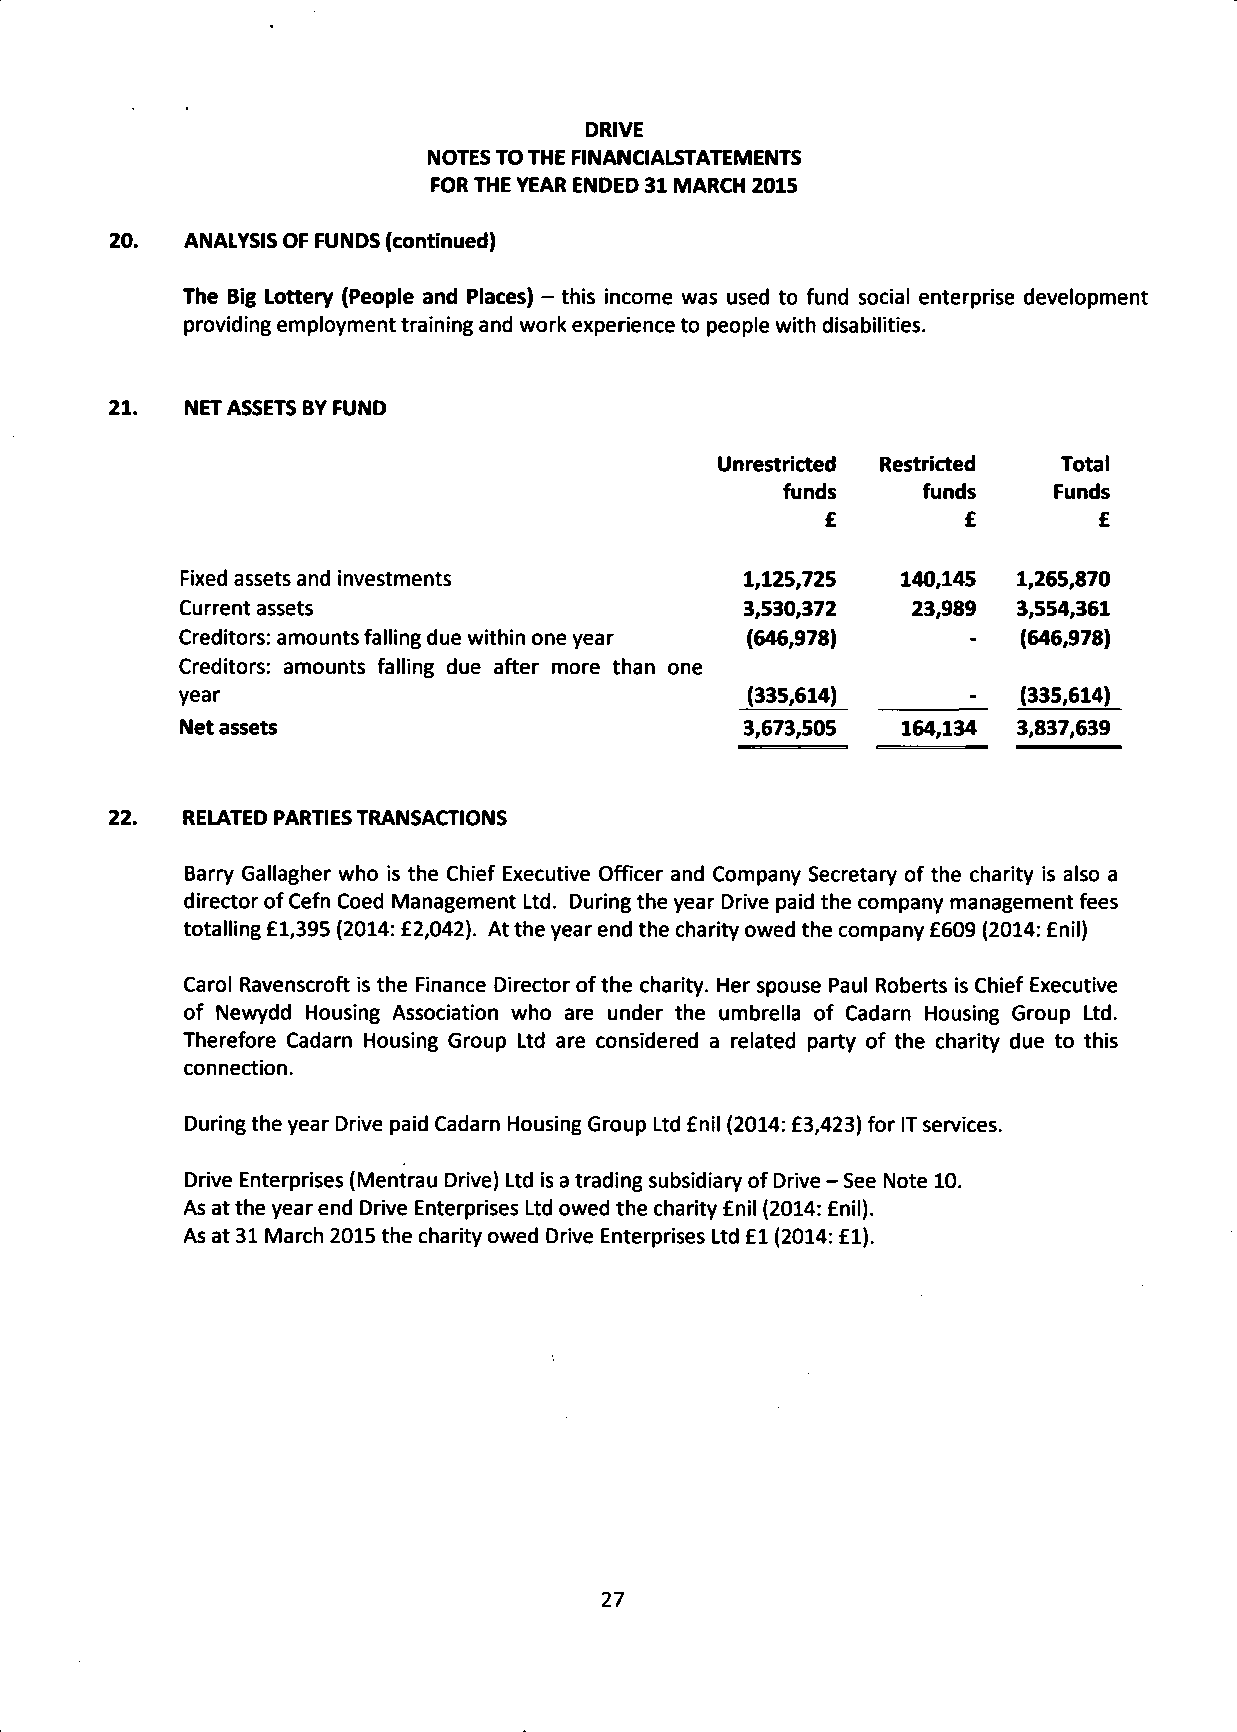
DRIVE
 NOTES TO THE FINANCIALSTATEMENTS
 FOR THE YEAR ENDED 31 MARCH 2015
 20.  ANALYSIS OF FUNDS (continued)
 The Big Lottery (People and Places) - this income was used to fund social enterprise development
 providing employment training and work experience to people with disabilities.
 21.  NET ASSETS BY FUND
 Unrestricted Restricted Total
 funds    funds    Funds
 £        £        £
 Fixed assets and investments         1,125,725  140,145 1,265,870
 Current assets                       3,530,372  23,989 3,554,361
 Creditors: amounts falling due within one year (646,978) (646,978)
 Creditors: amounts falling due after more than one
 year                                 (335,614)      -_ (335,614)
 Net assets                           3,673,505  164,134 3,837,639
 22.  RELATED PARTIES TRANSACTIONS
 Barry Gallagher who is the Chief Executive Officer and Company Secretary of the charity is also a
 director of Cefn Coed Management Ltd. During the year Drive paid the company management fees
 totalling £1,395 (2014: £2,042). At the year end the charity owed the company £609 (2014: £nil)
 Carol Ravenscroft is the Finance Director of the charity. Her spouse Paul Roberts is Chief Executive
 of Newydd Housing Association who are under the umbrella of Cadarn Housing Group Ltd.
 Therefore Cadarn Housing Group Ltd are considered a related party of the charity due to this
 connection.
 During the year Drive paid Cadarn Housing Group Ltd £nil (2014: £3,423) for IT services.
 Drive Enterprises (Mentrau Drive) Ltd is a trading subsidiary of Drive - See Note 10.
 As at the year end Drive Enterprises Ltd owed the charity £nil (2014: £nil).
 As at 31 March 2015 the charity owed Drive Enterprises Ltd £1 (2014: £1).
 27